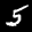
Label: 5